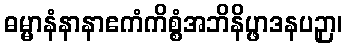
ဓမ္မာနံနာနာဧကံကိစ္စံအဘိနိပ္ဖာဒနပဉှာ၊